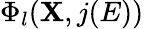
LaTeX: \Phi_{l}(\mathbf{X},j(E))